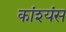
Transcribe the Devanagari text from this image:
कांश्यंस